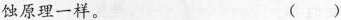
蚀原理一样。 ( )